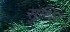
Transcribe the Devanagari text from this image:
सुथिर